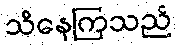
သိနေကြသည်